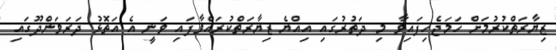
ޒިޔާރަތްކުރުމަށް ހަމަޖެހިފައިވާ މި ދަތުރުގައި އިއްޔެ ޒިޔާރަތްކުރައްވާފައި ވަނީ އެ އަތޮޅު ދަރަވަންދޫގައި